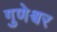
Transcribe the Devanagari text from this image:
गुणेश्वर